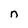
Character: n